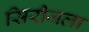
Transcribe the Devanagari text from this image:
सिरीजला